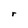
Character: r